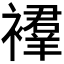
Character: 𫌔